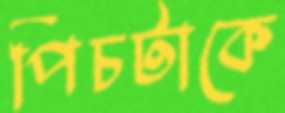
পিচটাকে